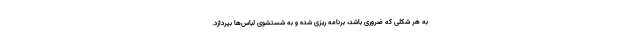
به هر شکلی که ضروری باشد، برنامه ریزی شده و به شستشوی لباس‌ها بپردازد.